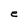
Character: e